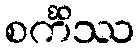
စင်္ကိဿ